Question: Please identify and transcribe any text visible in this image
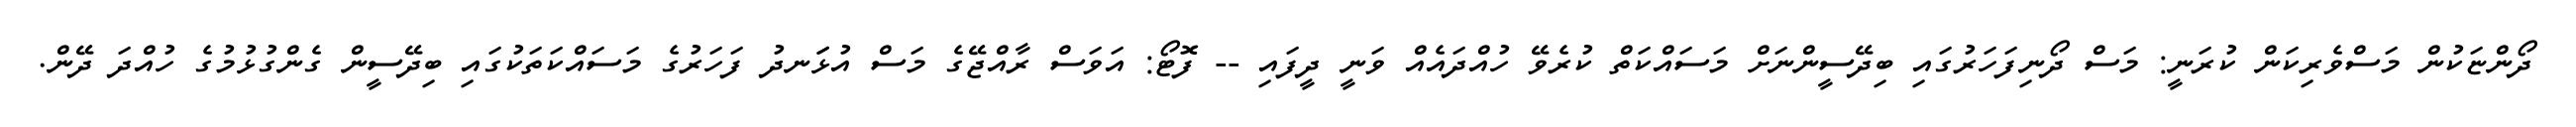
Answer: ދޯންޏަކުން މަސްވެރިކަން ކުރަނީ: މަސް ދޯނިފަހަރުގައި ބިދޭސީންނަށް މަސައްކަތް ކުރެވޭ ހުއްދައެއް ވަނީ ދީފައި -- ފޮޓޯ: އަވަސް ރާއްޖޭގެ މަސް އުޅަަނދު ފަހަރުގެ މަސައްކަތަކުގައި ބިދޭސީން ގެންގުޅުމުގެ ހުއްދަ ދޭން.